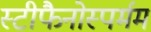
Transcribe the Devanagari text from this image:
स्टीफैनोस्पर्मम